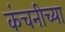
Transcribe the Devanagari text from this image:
कंचनीच्या